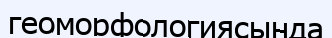
геоморфологиясында